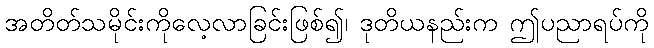
အတိတ်သမိုင်းကိုလေ့လာခြင်းဖြစ်၍၊ ဒုတိယနည်းက ဤပညာရပ်ကို